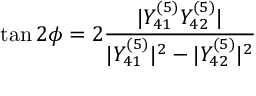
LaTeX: \tan { 2 \phi } = 2 \frac { | Y _ { 4 1 } ^ { ( 5 ) } Y _ { 4 2 } ^ { ( 5 ) } | } { | Y _ { 4 1 } ^ { ( 5 ) } | ^ { 2 } - | Y _ { 4 2 } ^ { ( 5 ) } | ^ { 2 } }